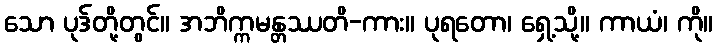
သော ပုဒ်တို့တွင်။ အဘိက္ကမန္တဿတိ-ကား။ ပုရတော၊ ရှေ့သို့။ ကာယံ၊ ကို။